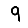
Digit: 9